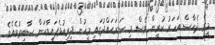
މީގެ ދެހާސް އަހަރު ކުރީން ވެސް މި ސަރަޙައްދުގައި މީހުން ދިރިއުޅެފައިވާކަން ސާބިތުވެއެވެ.